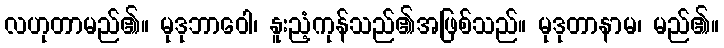
လဟုတာမည်၏။ မုဒုဘာဝေါ၊ နူးညံ့ကုန်သည်၏အဖြစ်သည်။ မုဒုတာနာမ၊ မည်၏။